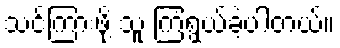
သင်ကြားဖို့ သူ ကြံရွယ်ခဲ့ပါတယ်။